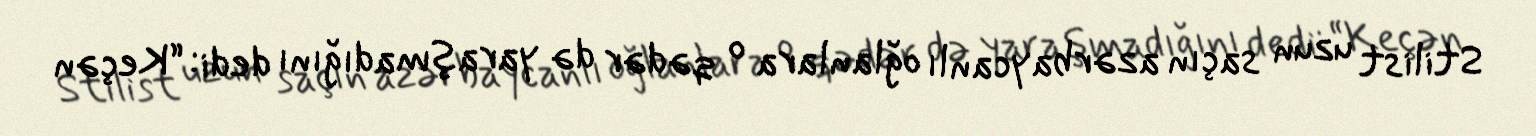
Stilist uzun saçın azərbaycanlı oğlanlara o qədər də yaraşmadığını dedi: “Keçən